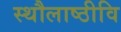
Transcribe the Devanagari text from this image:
स्थौलाष्ठीवि